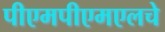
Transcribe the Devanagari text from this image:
पीएमपीएमएलचे